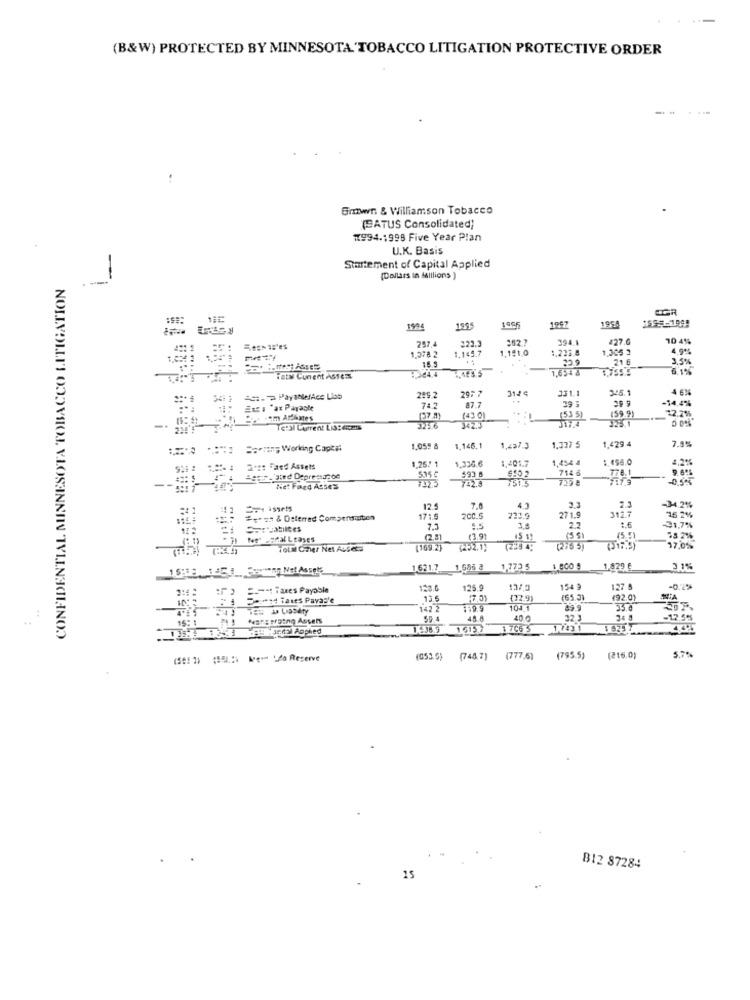
(B&W) PROTECTED BY MINNESOTA 'TOBACCO LITIGATION PROTECTIVE ORDER
Bmwr. & Williamson Tobacco
(SATUS Consolidated)
11994.1998 Five Year Plan
U.K. Basis
-
Startement of Capital Applied
CONFIDENTIAL MINNESOTA TOBACCO LITIGATION
.-
(Dollars In felllions )
1987
3994
1965
1954
257,4
222.3
202.2
394.1
#27.6
104%
1,278 2
1.145.7
1.191,0
1.223.8
1,305 3
4.90%
16.5
21 6
3,5%
1,654 8
1,755.5
6.1%
iata Cunent ASTEEL
297 7
331.1
345.1
3144
6 4C
-14,4%
Encs 'at Parasie
742
87.7
393
159 9
12.2%%
(37.8)
(43 )
1535)
323.1
Tetal Current Li3:4cans
1,429 4
7.8%
== = Working Capt#
1.059 8
1.146.1
1,4%}
1,337 5
1,336.6
1,454 4
4,2%
2.2: Fand Assets
1.25/ 1
1,401.7
714 6
9.69
5.35 5
725 a
Niet Feed Asses
12.5
7.0
271.9
2.3
2.3
-34,2%
at & Osterred Compensouten
171.5
2CC.5
221.9
312.7
75 2%
7.3
5.5
2.2
31,7%
j Ne' .FRXl Leases
(2.5]
£3.91
(35)
15 51
38 2%
TOLMl CTer Net ALSes
(169.2)
(52.1)
(276 5)
17.0%
1.621.7
1.686 a
1.773 5
1.800 9
1.829 €
31%
- Taxes Payable
123.6
125.9
154
127 5
-0.2%
wyd Taxes Pavas'e
13.6
7.51
(32.9)
(65 31
(92.0)
1422
1031
35.0
59.4
45.0
40.0
22.3
34 8
-12,5%%
16157
(58: 2) (5) Me- La Reserve
(053.5)
(745.7)
(777,6)
(795.5)
(216.0)
B12 87284
15